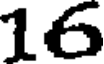
16